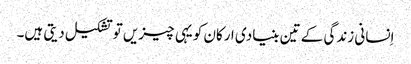
اِنسانی زندگی کے تین بنیادی ارکان کویہی چیزیں توتشکیل دیتی ہیں۔